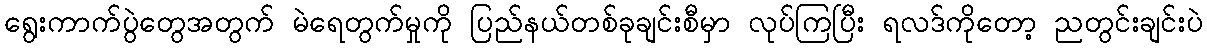
ရွေးကာက်ပွဲတွေအတွက် မဲရေတွက်မှုကို ပြည်နယ်တစ်ခုချင်းစီမှာ လုပ်ကြပြီး ရလဒ်ကိုတော့ ညတွင်းချင်းပဲ